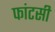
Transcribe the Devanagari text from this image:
फांटसी